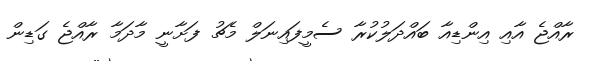
ރާއްޖެ އާއި އިންޑިއާ ބައްދަލުކުރާ ސެމީފައިނަލް މެޗު ފަށާނީ މާދަމާ ރާއްޖެ ގަޑިން